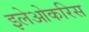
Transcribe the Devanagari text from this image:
इलेओकरिस